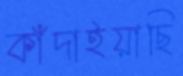
কাঁদাইয়াছি